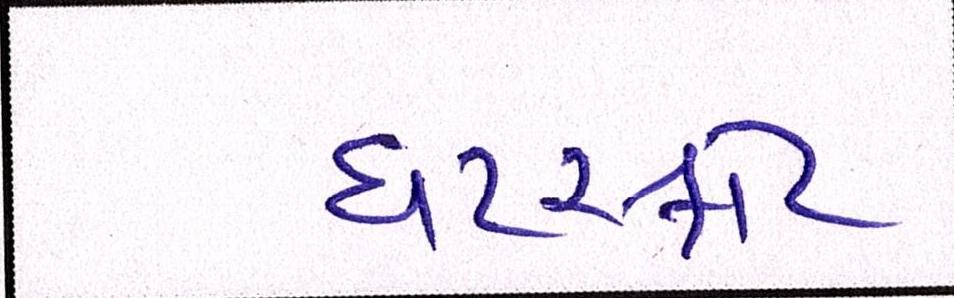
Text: ઘટસ્ફોટ